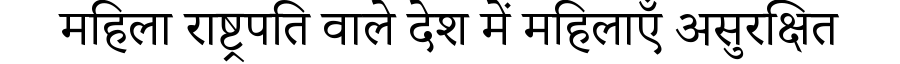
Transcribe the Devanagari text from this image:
महिला राष्ट्रपति वाले देश में महिलाएँ असुरक्षित